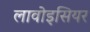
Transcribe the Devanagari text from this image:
लावोइसियर